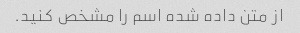
از متن داده شده اسم را مشخص کنید.